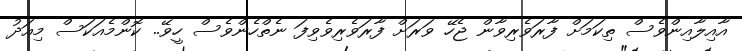
އާއިލާއިންވެސް ތިކަމަށް ފާރަވެރިވާން ޖެހޭ ވަރަށް ފާރަވެރިވެވިފަ ނެތްހެންވެސް ހީވޭ.. ކޮންމެއަކަސް މިއަދު